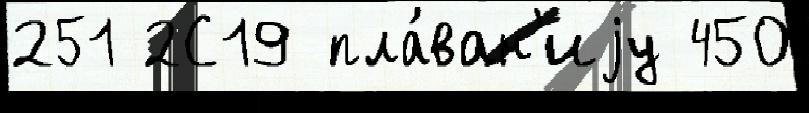
251 2С19 пла́ван'иjу 450